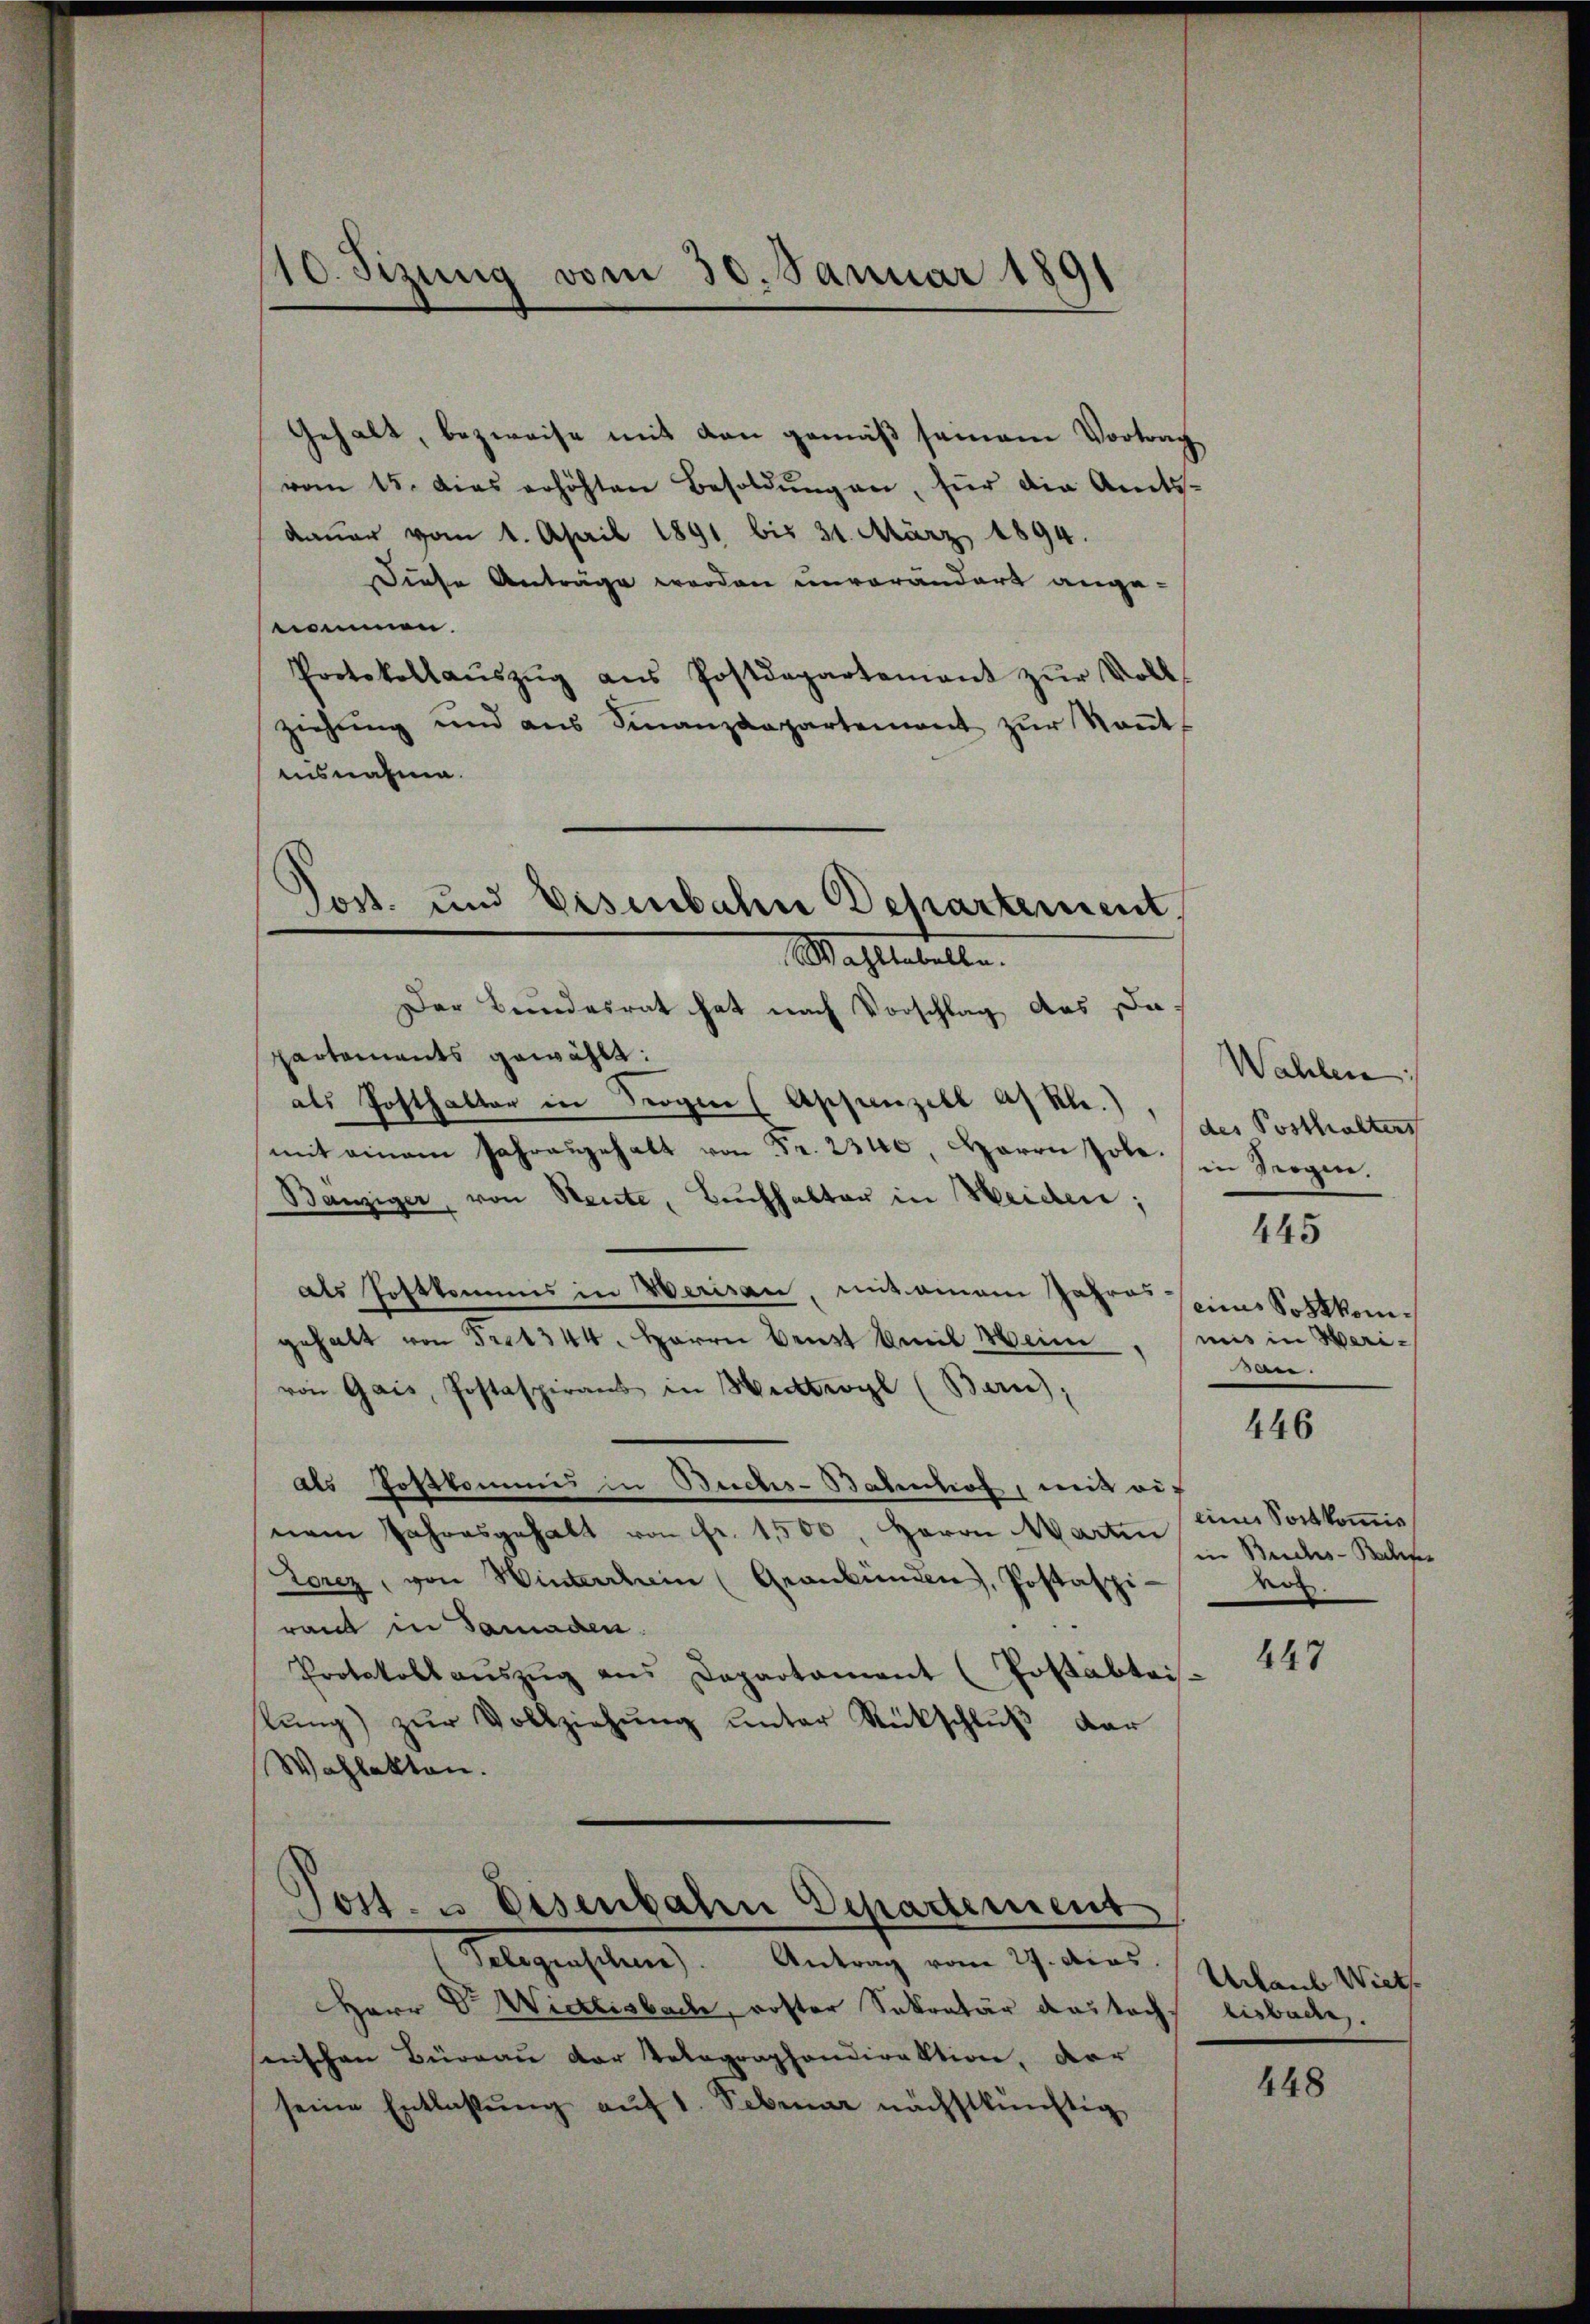
10. Sizung vom 30. Januar 1891

Jost und Eisenbahn Departement.

Gehalt, bezweife mit den gemäß seinem Vortrag
vom 15. dies erhöhten Besoldŭngen, für die Amtsdauer vom 1. April 1891 bis 31. März 1894.
Diese Anträge werden unverändert ange-
nommen.
Protokollaŭszŭg aŭs Postdepartement zŭr Voll
ziehung und ans Finanzdepartement zŭr Keṅt-
ausnahme.
Wahltabellen.
Der Bundesrat hat nach Vorschlag das Dapartements gewählt:
als Posthalter in Troger (Appenzell Akl.),
mit einem Jahresgehalt von Fr. 2340, Herrn Pole.
Banziger, von Sente, Buchhalter in Weiden;
als Postkommis in Werisau, mit einem Jahres seines Sortkomgehalt von 5221344. Herrn Beist Emil Wein
von Gais, Postaspirant in Wittwyl (Bern),
Als Postkommis in Buchs-Bahnhof, mit aus
nem Jahresgehalt von fr. 1,500, Herrn Martin
Torez, von Winterrhein (Graubünden, Postaspi-
rand in Samaden.
Protokoll aŭszŭg ans Departament (Postabtei
lŭng zŭr Vollziehŭng ŭnter Rückschlŭβ der
Wahlakten.

.
ost. u. Eisenbahre Departement

Gelegensches). Antrag vom 27. Acas.
Herr Dr. Wietlisbach, roster Sekretär das tach
serischen Büreau der Volographondirektion, dar
seine Entlassŭng aŭf 1. Februar nächstkünftig

Wahlen
des Posthalters
in Seegen.
445
mis in Werisan.

446

eine Sortkommis
in Buchs-Bachse
vor.

447

Urlaub Wirthbisbacken.

448